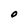
Character: O